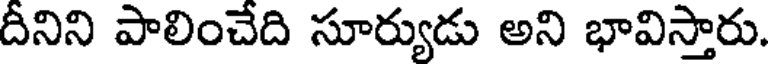
దీనిని పాలించేది సూర్యుడు అని భావిస్తారు.